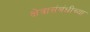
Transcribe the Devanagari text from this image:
क्षेत्रासंबंधीच्या